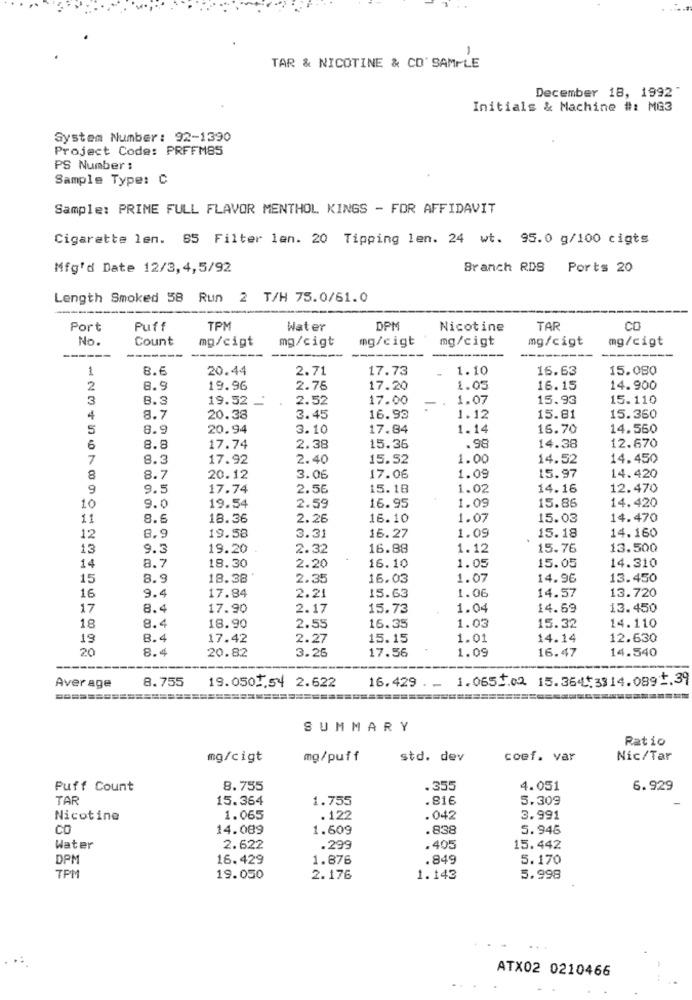
-
TAR & NICOTINE & CO' SAMPLE
December 18, 1992"
Initials & Machine #: MG3
System Number: 92-1390
Project Code: PRFFM85
PS Number :
Sample Type: C
Sample: PRIME FULL FLAVOR MENTHOL KINGS - FOR AFFIDAVIT
Cigarette len. 65 Filter len. 20 Tipping len. 24 wt. 95.0 g/100 cigts
Mfg'd Date 12/3, 4,5/92
Branch RDS Ports 20
Length Smoked 58 Run 2 T/H 75.0/61.0
Port
Puff
TPM
Water
DPM
Nicotine
TAR
CO
No.
Count
mg/cigt
mg/cigt
mg/cigt
mg/cigt
mg/cigt
mg/cigt
----
1
8.6
20.44
2.71
17.73
1.10
16.63
15.080
2
3.9
19.96
2.76
17.20
1.05
16.15
14.900
3
8.3
19.52
2.52
17.00
1.07
15.93
15.110
4
8.7
20.38
3.45
16.93
1.12
15.81
15.360
5
8.9
20.94
3.10
17.84
1.14
16.70
14.550
.98
12.670
6
8.8
17.74
2.38
15.36
14.38
7
8.3
17.92
2.40
15.52
1.00
14.52
14.450
8
8.7
20.12
3.06
17.06
1.09
15.97
14.420
9
9.5
17.74
2.56
15.18
1.02
14.16
12.470
16.95
14.420
10
9.0
19.54
2.59
1.09
15.86
11
8.6
18.36
2.26
16.10
1.07
15.03
14.470
19.58
3.31
16.27
1.09
15.18
14.160
12
8.9
13
9.3
19.20
2.32
16.88
1.12
15.76
13.500
8.7
18.30
14
2.20
16.10
1.05
15.05
14.310
15
8.9
18.38
2.35
16.03
1.07
14.96
13.450
9.4
17.84
2.21
1.06
14.57
13.720
16
15.63
17
8.4
17.90
2.17
15.73
1.04
14.69
13.450
1.03
14.110
18
8.4
18.90
2.55
16.35
15.32
19
8.4
17.42
2.27
15.15
1.01
14.14
12.630
20
8.4
3.26
17.56
1.09
16.47
14.540
20.82
8.755
19.0507,54 2.622
1.0651.02. 15.364.3314.089.39
Average
16.429 . -
============
SUMMARY
Ratio
mg/cigt
mg/puff
std. dev
coef. var
Nic/Tar
Puff Count
8.755
.355
4.051
6.929
TAR
15.364
1.755
.816
5.309
Nicotine
1.065
.122
.042
3.991
CO
14.089
1.609
. 838
5.946
Water
2.622
.299
.405
15.442
DPM
16.429
1.876
.849
5.170
7PM
19.050
2.176
1.143
5.998
ATX02 0210466